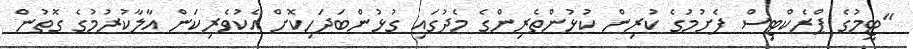
"ޓީމުގެ ޕްރެކްޓިސް ފެށުމުގެ ކުރިން ކުޅުންތެރިންގެ މެދުގައި ގުޅުންބަދަހިކޮށް އެކުވެރިކަން އާލާކުރުމުގެ ގޮތުން